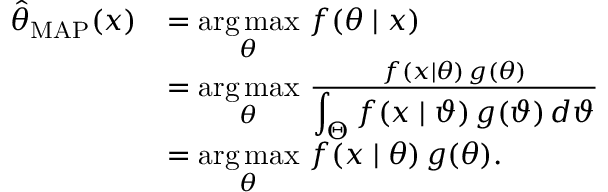
{ \begin{array} { r l } { { \hat { \theta } } _ { \mathrm { M A P } } ( x ) } & { = { \underset { \theta } { \operatorname { a r g \, m a x } } } \ f ( \theta \mid x ) } \\ & { = { \underset { \theta } { \operatorname { a r g \, m a x } } } \ { \frac { f ( x \mid \theta ) \, g ( \theta ) } { \displaystyle \int _ { \Theta } f ( x \mid \vartheta ) \, g ( \vartheta ) \, d \vartheta } } } \\ & { = { \underset { \theta } { \operatorname { a r g \, m a x } } } \ f ( x \mid \theta ) \, g ( \theta ) . } \end{array} }